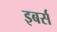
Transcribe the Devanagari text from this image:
इबर्स